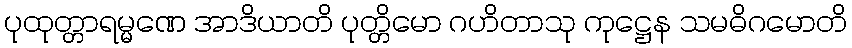
ပုထုတ္တာရမ္မဏေ အာဒိယာတိ ပုတ္တိမော ဂဟိတာသု ကုဋ္ဌေန သမဓိဂမောတိ